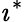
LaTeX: \imath^{*}